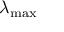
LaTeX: \lambda _ { \operatorname* { m a x } }